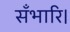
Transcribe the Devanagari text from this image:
सँभारि।